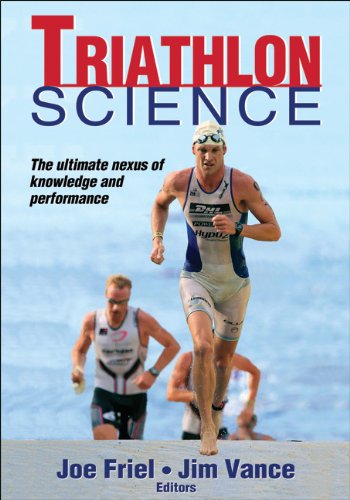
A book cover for Triathlon Science; Joe Friel; Health, Fitness & Dieting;